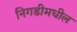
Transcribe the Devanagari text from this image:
निगडीमधील